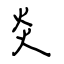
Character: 炎